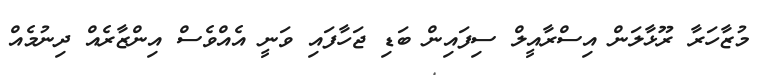
މުޒާހަރާ ރޫޅާލަން އިސްރާއީލް ސިފައިން ބަޑި ޖަހާފައި ވަނީ އެއްވެސް އިންޒާރެއް ދިނުމެއް